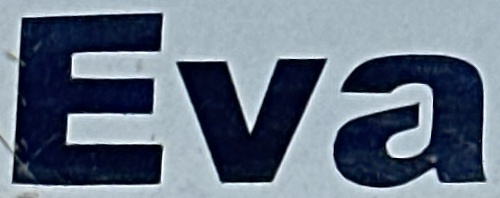
Eva